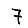
Digit: 7